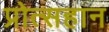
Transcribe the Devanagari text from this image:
प्रोत्सहान